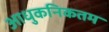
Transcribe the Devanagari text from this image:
आधुकनिकतम